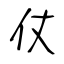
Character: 仗